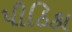
પીઠિકા